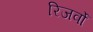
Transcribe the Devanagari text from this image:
रिजर्वो